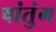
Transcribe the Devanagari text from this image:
षांतुंग